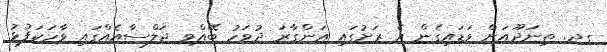
ގދ. ތިނަދޫއަށް ވަޑައިގެން އެ ރަށުގައި އަންގާރަ ދުވަހު ބޭއްވި ޖަލްސާއެއްގައި ވާހަކަފުޅު